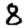
Digit: 8